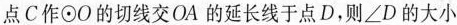
点C作⊙O的切线交OA的延长线于点D，则∠D的大小